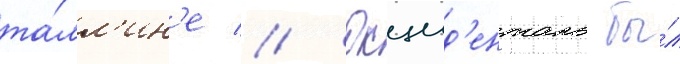
та́лл'ин'е // Окцид'енталь бы́л